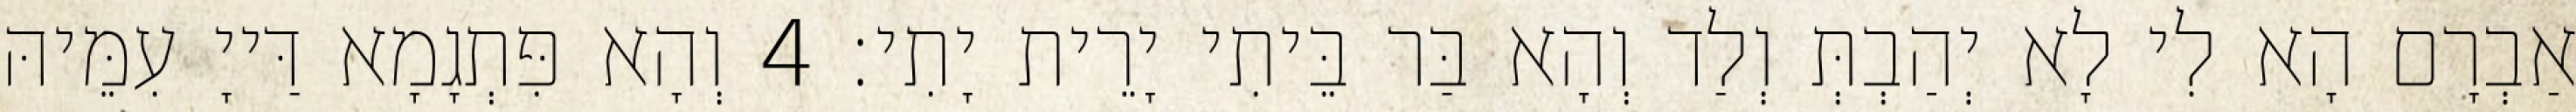
אַבְרָם הָא לִי לָא יְהַבְתְּ וְלַד וְהָא בַּר בֵּיתִי יָרֵית יָתִי׃ 4 וְהָא פִּתְגָמָא דַּייָ עִמֵּיהּ